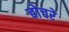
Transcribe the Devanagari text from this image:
बोचरे